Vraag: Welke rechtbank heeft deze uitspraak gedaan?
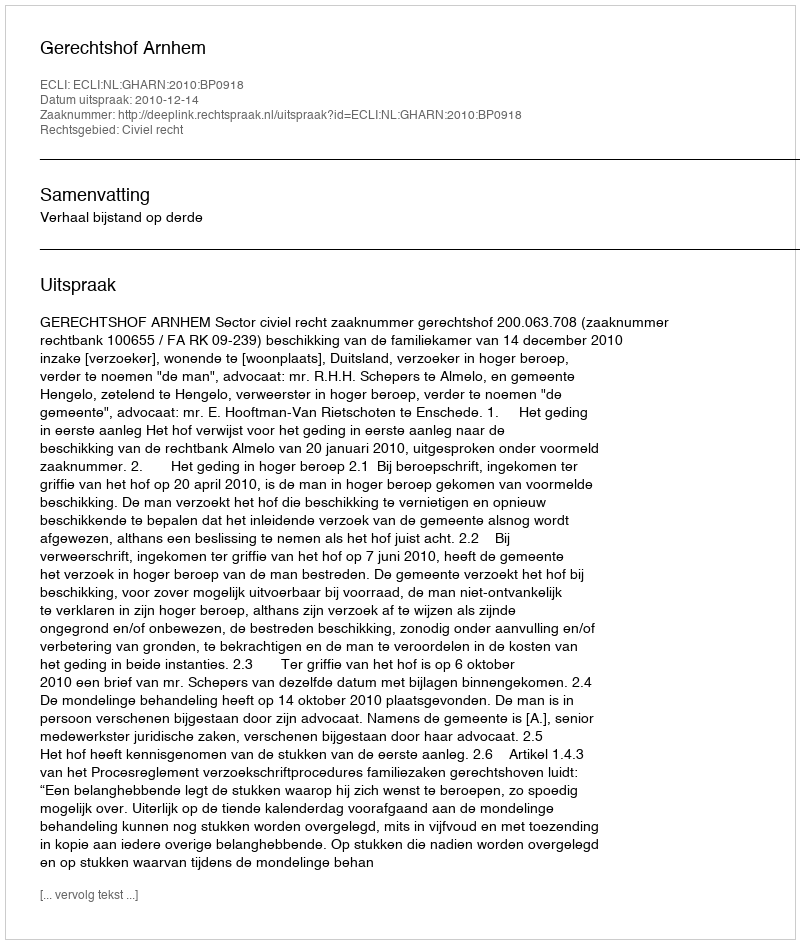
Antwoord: Gerechtshof Arnhem